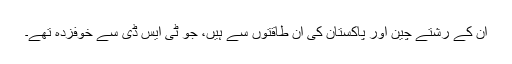
ان کے رشتے چین اور پاکستان کی اُن طاقتوں سے ہیں، جو ٹی ایس ڈی سے خوفزدہ تھے۔